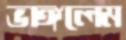
ভাঙ্গলেম